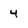
Character: 4